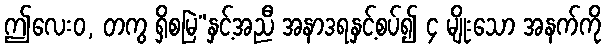
ဤလေးဝ, တကွ ရှိစမြဲ”နှင့်အညီ အနာဒရနှင့်စပ်၍ ၄ မျိုးသော အနက်ကို